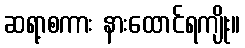
ဆရာ့စကား နားထောင်ရကျိုး။